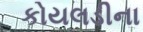
કોયલડીના